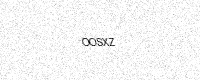
Text: OOSXZ